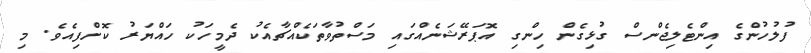
ފުލުހުންގެ އިންޓެލިޖެންސް ގުޅިގެން ހިންގި އޮޕަރޭޝަނެއްގައި މަސްތުވާތަކެއްޗާއެކު ދެމީހަކު ހައްޔަރު ކޮށްފިއެވެ. މި